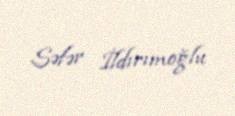
Səfər İldırımoğlu